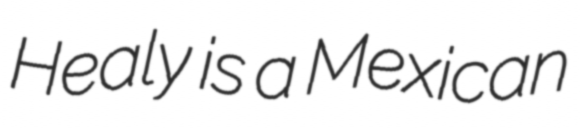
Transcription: Healy is a Mexican